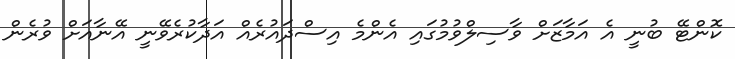
ކޮންޓޭ ބުނީ އެ އަމާޒަށް ވާސިލްވުމުގައި އެންމެ އިސްދައުރެއް އަދާކުރެވޭނީ އޭނާއަށް ވުރެން